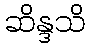
ဆိန္ဒသိ